Annual administration report of the Civil Veterinary Department of India - 1897-1898
Year: 1897
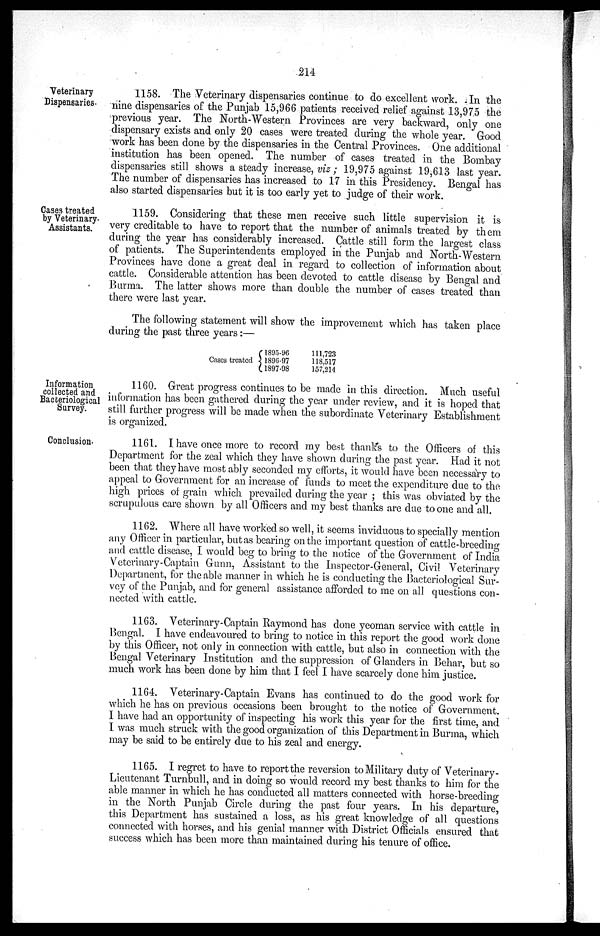
214
Veterinary
Dispensaries.
1158. The Veterinary dispensaries continue to do excellent work. In the
nine dispensaries of the Punjab 15,966 patients received relief against 13,975 the
previous year. The North-Western Provinces are very backward, only one
dispensary exists and only 20 cases were treated during the whole year. Good
work has been done by the dispensaries in the Central Provinces. One additional
institution has been opened. The number of cases treated in the Bombay
dispensaries still shows a steady increase, viz; 19,975 against 19,613 last year.
The number of dispensaries has increased to 17 in this Presidency. Bengal has
also started dispensaries but it is too early yet to judge of their work.
Cases treated
by Veterinary.
Assistants.
1159. Considering that these men receive such little supervision it is
very creditable to have to report that the number of animals treated by them
during the year has considerably increased. Cattle still form the largest class
of patients. The Superintendents employed in the Punjab and North-Western
Provinces have done a great deal in regard to collection of information about
cattle. Considerable attention has been devoted to cattle disease by Bengal and
Burma. The latter shows more than double the number of cases treated than
there were last year.
The following statement will show the improvement which has taken place
during the past three years:—
Cases treated
1895-96
1896-97
1897-98
111,723
118,517
157,214
Information
collected and
Bacteriological
Survey.
1160. Great progress continues to be made in this direction. Much useful
information has been gathered during the year under review, and it is hoped that
still further progress will be made when the subordinate Veterinary Establishment
is organized.
Conclusion.
1161. I have once more to record my best thanks to the Officers of this
Department for the zeal which they have shown during the past year. Had it not
been that they have most ably seconded my efforts, it would have been necessary to
appeal to Government for an increase of funds to meet the expenditure due to the
high prices of grain which prevailed during the year; this was obviated by the
scrupulous care shown by all Officers and my best thanks are due to one and all.
1162. Where all have worked so well, it seems inviduous to specially mention
any Officer in particular, but as bearing on the important question of cattle-breeding
and cattle disease, I would beg to bring to the notice of the Government of India
Veterinary-Captain Gunn, Assistant to the Inspector-General, Civil Veterinary
Department, for the able manner in which he is conducting the Bacteriological Sur-
vey of the Punjab, and for general assistance afforded to me on all questions con-
nected with cattle.
1163. Veterinary-Captain Raymond has done yeoman service with cattle in
Bengal. I have endeavoured to bring to notice in this report the good work done
by this Officer, not only in connection with cattle, but also in connection with the
Bengal Veterinary Institution and the suppression of Glanders in Behar, but so
much work has been done by him that I feel I have scarcely done him justice.
1164. Veterinary-Captain Evans has continued to do the good work for
which he has on previous occasions been brought to the notice of Government.
I have had an opportunity of inspecting his work this year for the first time, and
I was much struck with the good organization of this Department in Burma, which
may be said to be entirely due to his zeal and energy.
1165. I regret to have to report the reversion to Military duty of Veterinary-
Lieutenant Turnbull, and in doing so would record my best thanks to him for the
able manner in which he has conducted all matters connected with horse-breeding
in the North Punjab Circle during the past four years. In his departure,
this Department has sustained a loss, as his great knowledge of all questions
connected with horses, and his genial manner with District Officials ensured that
success which has been more than maintained during his tenure of office.